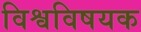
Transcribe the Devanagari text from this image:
विश्वविषयक